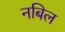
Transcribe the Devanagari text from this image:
नबिल